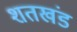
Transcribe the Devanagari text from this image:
शतखंड